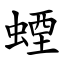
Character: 䗎